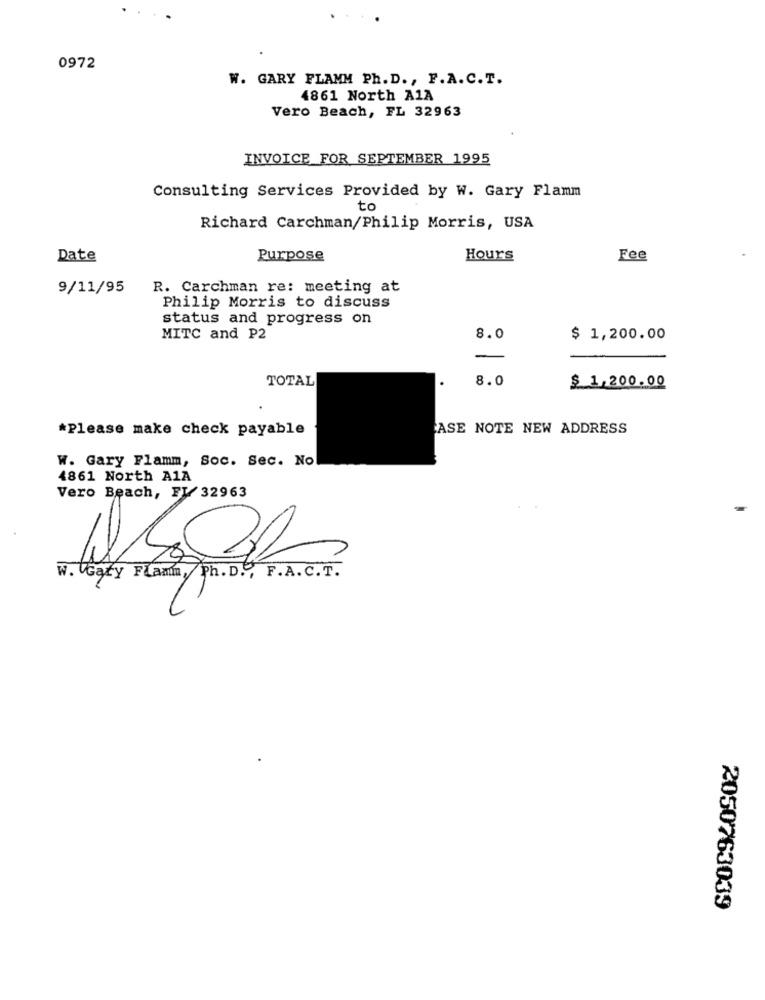
0972
W. GARY FLAMM Ph. D ., F. A. C.T.
4861 North A1A
Vero Beach, FL 32963
INVOICE FOR SEPTEMBER 1995
Consulting Services Provided by W. Gary Flamm
to
Richard Carchman/Philip Morris, USA
Date
Purpose
Hours
Fee
9/11/95
R. Carchman re: meeting at
Philip Morris to discuss
status and progress on
MITC and P2
8.0
$ 1,200.00
TOTAL
8.0
$ 1,200.00
*Please make check payable
ASE NOTE NEW ADDRESS
W. Gary Flamm, Soc. Sec. No
4861 North A1A
Vero Beach, FL 32963
w. Gary Flamm, Ph. D. , F.A. C.T.
2050763039